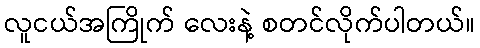
လူငယ်အကြိုက် လေးနဲ့ စတင်လိုက်ပါတယ်။